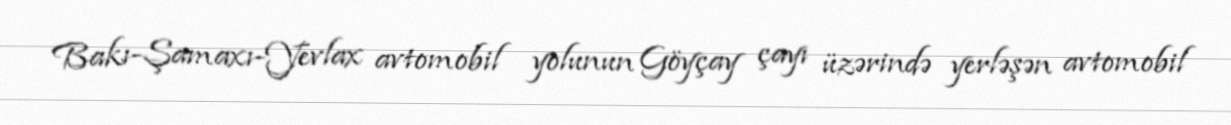
Bakı-Şamaxı-Yevlax avtomobil yolunun Göyçay çayı üzərində yerləşən avtomobil